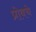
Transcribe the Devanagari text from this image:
प्रोबचे